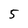
Character: 5